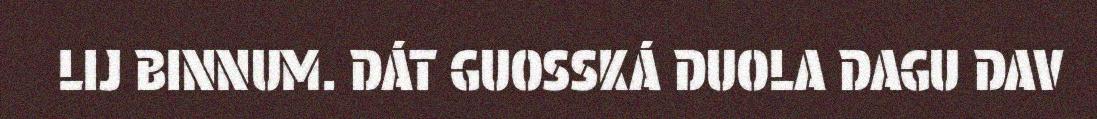
LIJ BINNUM. DÁT GUOSSKÁ DUOLA DAGU DAV